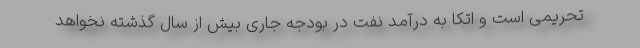
تحریمی است و اتکا به درآمد نفت در بودجه جاری بیش از سال گذشته نخواهد